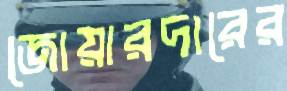
জোয়ারদারের